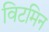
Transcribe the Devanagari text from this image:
विटमिन